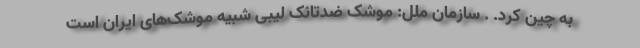
به چین کرد. . سازمان ملل: موشک‌ ضدتانک لیبی شبیه موشک‌های ایران است